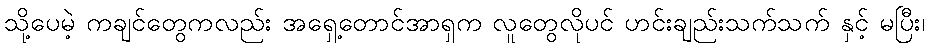
သို့ပေမဲ့ ကချင်တွေကလည်း အရှေ့တောင်အာရှက လူတွေလိုပင် ဟင်းချည်းသက်သက် နှင့် မပြီး၊